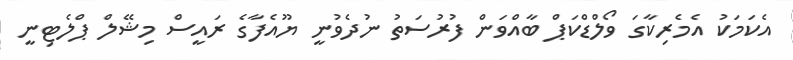
އެކަމަކު އެމެރިކާގަ ވޯލްޑްކަޕް ބާއްވަން ފުރުސަތު ނުދެވުނީ ޔޫއެފާގެ ރައީސް މިޝޭލް ޕްލެޓިނީ